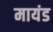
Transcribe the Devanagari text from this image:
मायंड